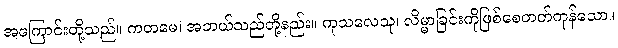
အကြောင်းတို့သည်။ ကတမေ၊ အဘယ်သည်တို့နည်း။ ကုသလေသု၊ လိမ္မာခြင်းကိုဖြစ်စေတတ်ကုန်သော။